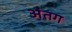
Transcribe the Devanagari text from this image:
अंतग